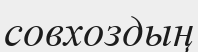
совхоздың